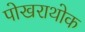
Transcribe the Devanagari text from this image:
पोखराथोक